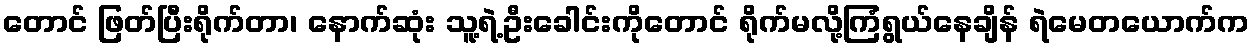
တောင် ဖြတ်ပြီးရိုက်တာ၊ နောက်ဆုံး သူ့ရဲ့ဦးခေါင်းကိုတောင် ရိုက်မလို့ကြံရွယ်နေချိန် ရဲမေတယောက်က